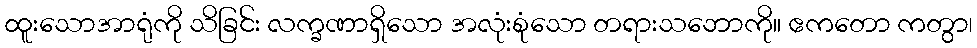
ထူးသောအာရုံကို သိခြင်း လက္ခဏာရှိသော အလုံးစုံသော တရားသဘောကို။ ဧကတော ကတွာ၊